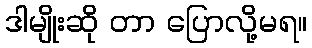
ဒါမျိုးဆို တာ ပြောလို့မရ။